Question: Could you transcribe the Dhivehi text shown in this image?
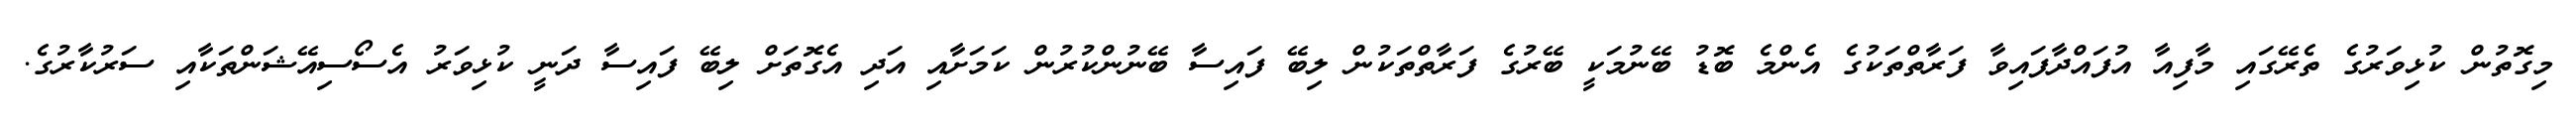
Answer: މިގޮތުން ކުޅިވަރުގެ ތެރޭގައި މާފިއާ އުފައްދާފައިވާ ފަރާތްތަކުގެ އެންމެ ބޮޑު ބޭނުމަކީ ބޭރުގެ ފަރާތްތަކުން ލިބޭ ފައިސާ ބޭނުންކުރުން ކަމަށާއި އަދި އެގޮތަށް ލިބޭ ފައިސާ ދަނީ ކުޅިވަރު އެސޯސިއޭޝަންތަކާއި ސަރުކާރުގެ.